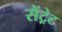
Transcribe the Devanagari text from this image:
सेंट्रेट